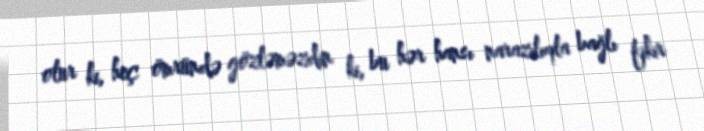
olur ki, heç ömründə gözləməzdin ki, bu hər hansı narazılıqla bağlı fikir